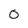
Character: 0